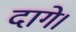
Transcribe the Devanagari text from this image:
दागे।